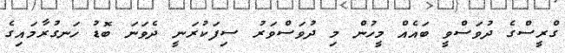
ގްރީސްގެ ދުވަސްވީ ބައެއް މީހުން މި ދުވަސްވަރު ސިފަކުރަނީ ދެވަނަ ބޮޑު ހަނގުރާމައިގެ